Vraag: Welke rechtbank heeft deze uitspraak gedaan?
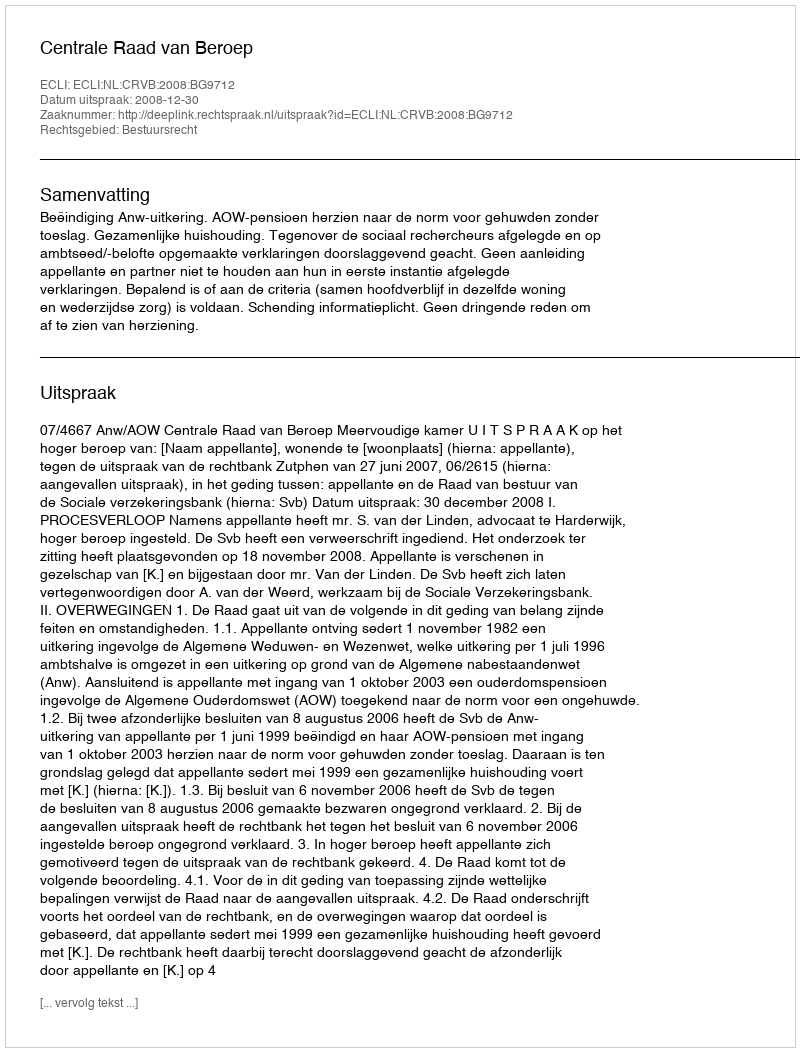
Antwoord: Centrale Raad van Beroep